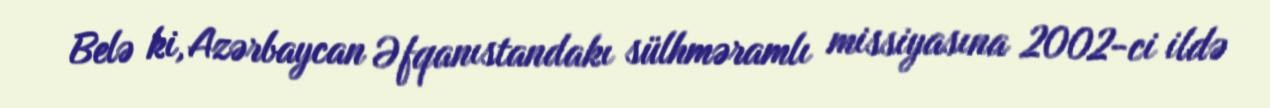
Belə ki, Azərbaycan Əfqanıstandakı sülhməramlı missiyasına 2002-ci ildə